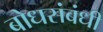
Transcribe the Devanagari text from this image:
बोधसंबंधी